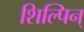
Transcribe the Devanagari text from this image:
शिल्पिन्